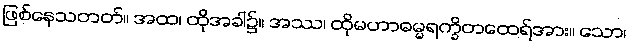
ဖြစ်နေသတတ်။ အထ၊ ထိုအခါ၌။ အဿ၊ ထိုမဟာဓမ္မရက္ခိတထေရ်အား။ သော၊